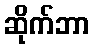
ဆိုက်ဘာ